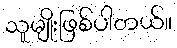
သူမျိုးဖြစ်ပါတယ်။